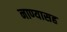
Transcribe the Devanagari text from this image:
नाण्यासह